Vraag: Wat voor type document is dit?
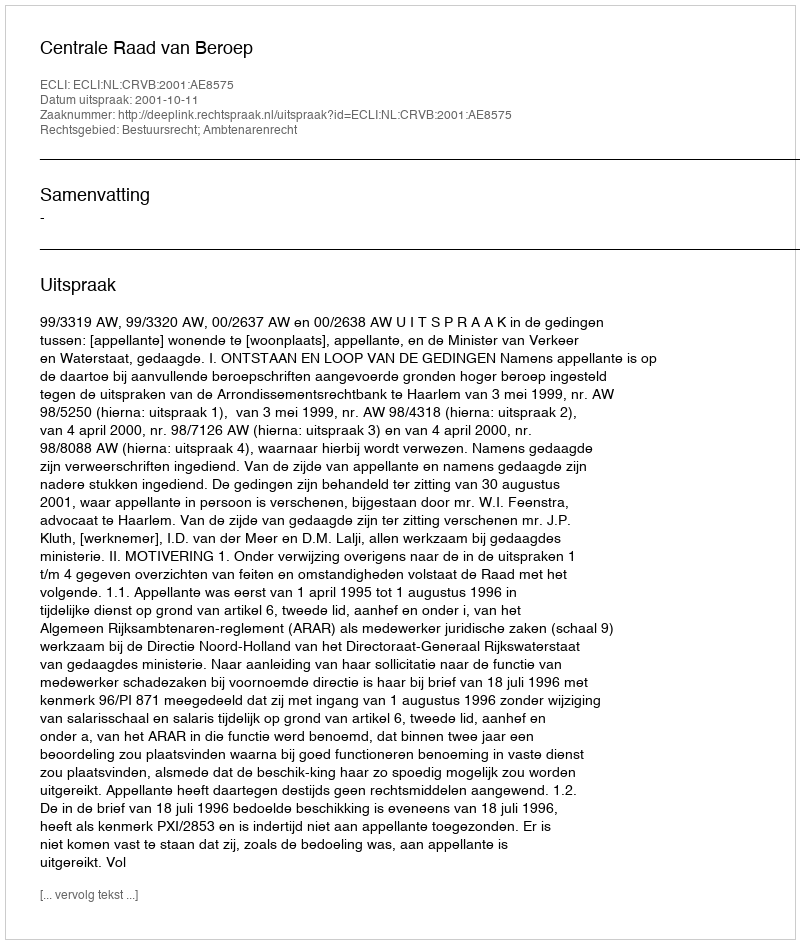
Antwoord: Uitspraak